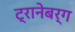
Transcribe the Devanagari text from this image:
ट्रानेबर्ग